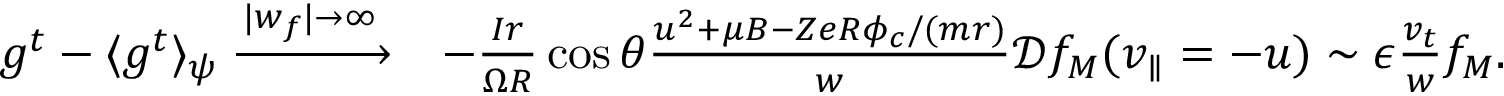
\begin{array} { r l } { g ^ { t } - \langle g ^ { t } \rangle _ { \psi } \xrightarrow { | w _ { f } | \rightarrow \infty } } & { - \frac { I r } { \Omega R } \cos { \theta } \frac { u ^ { 2 } + \mu B - Z e R \phi _ { c } / ( m r ) } { w } \mathcal { D } f _ { M } ( v _ { \parallel } = - u ) \sim \epsilon \frac { v _ { t } } { w } f _ { M } . } \end{array}